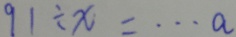
9 1 \div x = \cdots a